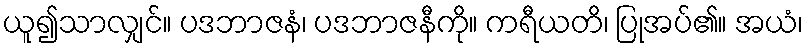
ယူ၍သာလျှင်။ ပဒဘာဇနံ၊ ပဒဘာဇနီကို။ ကရီယတိ၊ ပြုအပ်၏။ အယံ၊